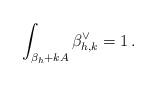
LaTeX: \begin{align*}\int_{\beta_h + kA} \beta_{h,k}^\vee = 1 \, . \end{align*}